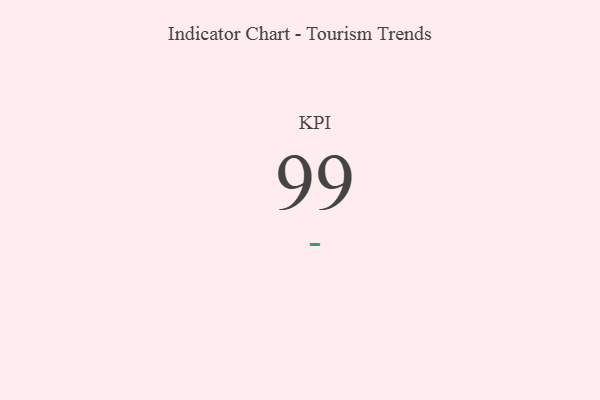
{"axis": {"x": "KPI", "y": "Value"}, "legend": [""], "data": [{"x": "KPI", "y": 99, "type": ""}]}